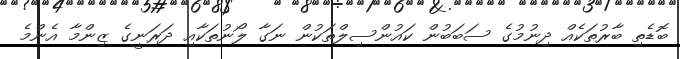
ބޮޑެތި ބާރުތަކެއް ދިނުމުގެ ސަބަބުން ކައުންސިލްތަކުން ނަގާ ލޯނުތަކާއި ދަރަނީގެ ޒިންމާ އެންމެ